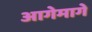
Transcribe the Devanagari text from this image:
आगेमागे